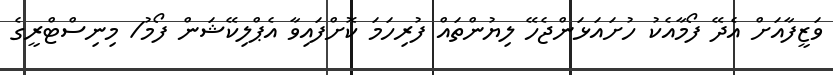
ވަޒީފާއަށް އެދޭ ފޯމާއެކު ހުށައަޅަންޖެހޭ ލިޔުންތައް ފުރިހަމަ ކޮށްފައިވާ އެޕްލިކޭޝަން ފޯމު/ މިނިސްޓްރީގެ